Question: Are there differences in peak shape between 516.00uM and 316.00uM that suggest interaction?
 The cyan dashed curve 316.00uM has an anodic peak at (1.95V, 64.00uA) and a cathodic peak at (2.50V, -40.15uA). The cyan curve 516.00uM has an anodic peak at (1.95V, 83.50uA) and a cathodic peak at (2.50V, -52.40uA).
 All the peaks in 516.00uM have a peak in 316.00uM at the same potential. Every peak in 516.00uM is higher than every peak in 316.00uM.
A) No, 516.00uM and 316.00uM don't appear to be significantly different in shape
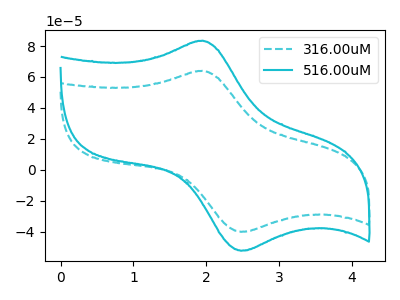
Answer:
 <answer>A) No, "516.00uM" and "316.00uM" don't appear to be significantly different in shape</answer>
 <eval>A</eval>